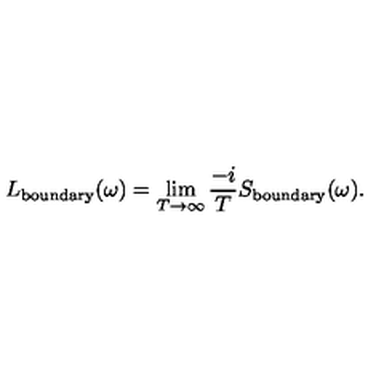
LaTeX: L _ { \mathrm { b o u n d a r y } } ( \omega ) = \lim _ { T \to \infty } \frac { - i } { T } S _ { \mathrm { b o u n d a r y } } ( \omega ) .